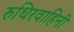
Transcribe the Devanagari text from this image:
रुधिरवाहिनी